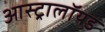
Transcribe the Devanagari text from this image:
आस्ट्रालॉयड